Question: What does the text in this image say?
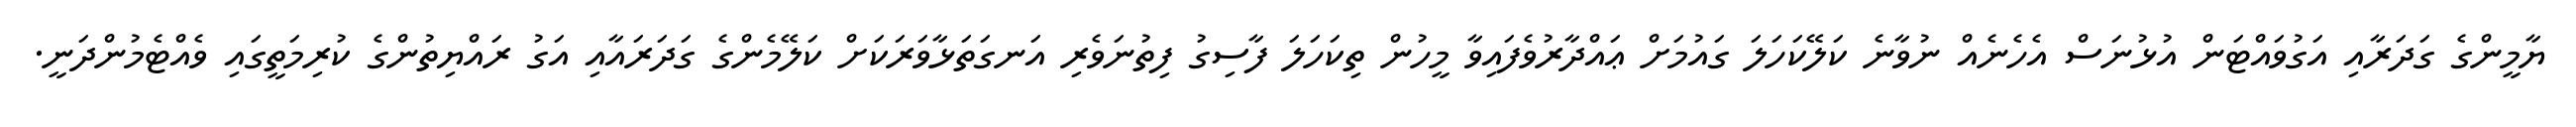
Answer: ޔާމީންގެ ގަދަރާއި އަގުވައްޓަން އުޅުނަސް އެހެނެއް ނުވާނެ ކަލޭކަހަލަ ގައުމަށް ޢައްދާރުވެފައިވާ މީހުން ތިކަހަލަ ފާސިގު ފިތުނަވެރި އަނގަތަޅާވަރަކަށް ކަލޭމެންގެ ގަދަރައާއި އަގު ރައްޔިތުންގެ ކުރިމަތީގައި ވެއްޓެމުންދަނީ.